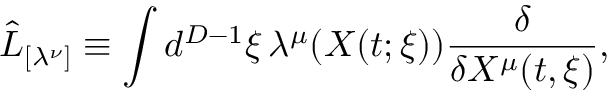
\hat { L } _ { [ \lambda ^ { \nu } ] } \equiv \int d ^ { D - 1 } \xi \, \lambda ^ { \mu } ( X ( t ; \xi ) ) \frac { \delta } { \delta X ^ { \mu } ( t , \xi ) } ,